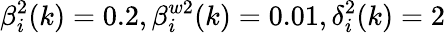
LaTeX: \beta_{i}^{2}(k)=0.2,\beta_{i}^{w2}(k)=0.01,\delta_{i}^{2}(k)=2